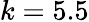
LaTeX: k=5.5